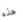
هذه